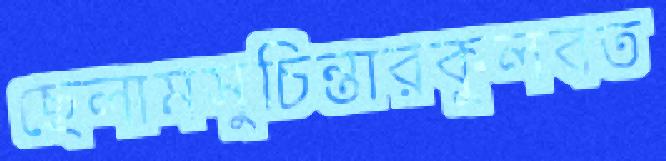
ছেলামসুচিন্তারকুলবত